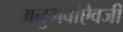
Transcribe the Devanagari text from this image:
अनुभवांऐवजी